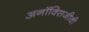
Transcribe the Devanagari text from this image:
अनॉक्सिजीवी